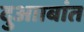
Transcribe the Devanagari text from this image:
दुआाबांत